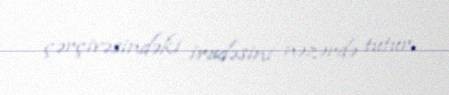
çərçivəsindəki iradəsini nəzərdə tutur.